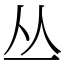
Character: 丛